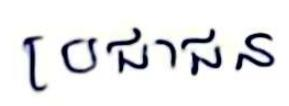
ប្រជាជន